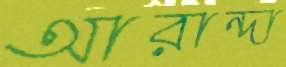
আরান্দা